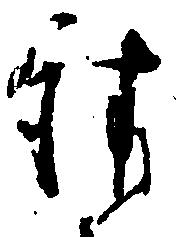
請